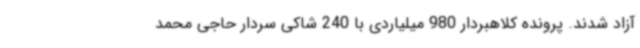
آزاد شدند. پرونده کلاهبردار 980 میلیاردی با 240 شاکی سردار حاجی محمد